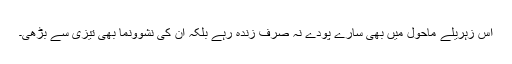
اس زہریلے ماحول میں بھی سارے پودے نہ صرف زندہ رہے بلکہ ان کی نشوونما بھی تیزی سے بڑھی۔